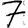
Digit: 7